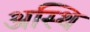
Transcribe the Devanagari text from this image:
अस्‍थि